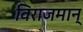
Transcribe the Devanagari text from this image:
विराजमान्